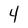
Character: 4